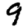
Digit: 9